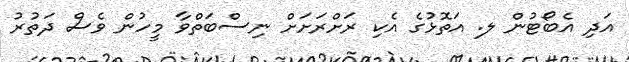
އަދި އެބޯޓުން ލ. އަތޮޅުގެ އެކި ރަށްރަށަށް ނިސްބަތްވާ މީހުން ވެސް ދަތުރު